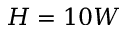
H = 1 0 W